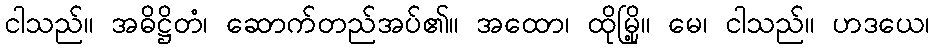
ငါသည်။ အဓိဋ္ဌိတံ၊ ဆောက်တည်အပ်၏။ အထော၊ ထိုမြို့။ မေ၊ ငါသည်။ ဟဒယေ၊